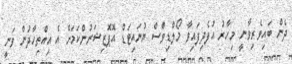
ދެން ބައިވެރިވާނީ މިހާރު އުފެދިފައިވާ މޯލްޑިވްސް ޔުނައިޓަޑް އޮޕޮޒިޝަނުންކަމަށް އެ އިއްތިހާދުން ވަނީ